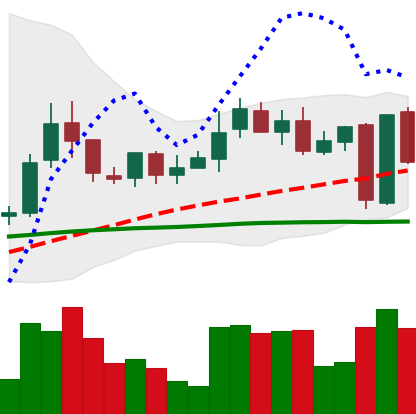
Ticker: LINK-USD
Chart end date: 2019-02-26
Forward return: -3.032%
Label: down_3_5